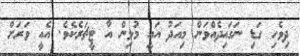
ދިވެހި ގަޑި ނަގައިދެއްވަން މިއަދު އައީ މުޅިން އާ ޓީޗަރެކެވެ. އެއީ ވަރަށް